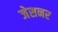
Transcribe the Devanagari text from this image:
जेसनर